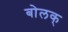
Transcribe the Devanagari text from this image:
बोलक्